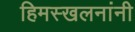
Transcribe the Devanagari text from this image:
हिमस्खलनांनी